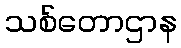
သစ်တောဌာန